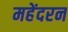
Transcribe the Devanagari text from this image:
महेंदरन